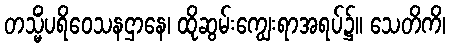
တသ္မိံပရိဝေသနဌာနေ၊ ထိုဆွမ်းကျွေးရာအရပ်၌။ သေတိကိ၊